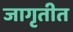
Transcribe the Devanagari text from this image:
जागृतीत